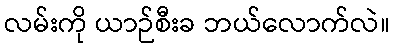
လမ်းကို ယာဉ်စီးခ ဘယ်လောက်လဲ။